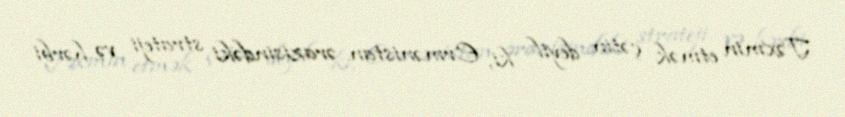
Təxmin etmək çətin deyil ki, Ermənistan ərazisindəki strateji və hərbi